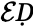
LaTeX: \mathcal{E}Ḍ